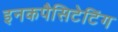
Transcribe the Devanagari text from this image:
इनकपैसिटेटिंग